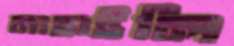
নাহাইলি